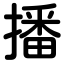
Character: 播